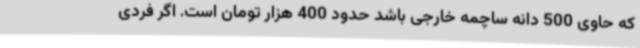
که حاوی 500 دانه ساچمه خارجی باشد حدود 400 هزار تومان است. اگر فردی